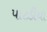
પાટડીયા